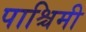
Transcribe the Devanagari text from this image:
पाश्चिमी